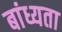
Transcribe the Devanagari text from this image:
बांध्यता